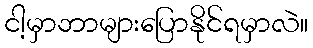
ငါ့မှာဘာများပြောနိုင်ရမှာလဲ။